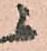
ニ